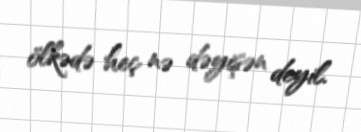
ölkədə heç nə dəyişən deyil.